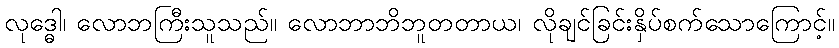
လုဒ္ဓေါ၊ လောဘကြီးသူသည်။ လောဘာဘိဘူတတာယ၊ လိုချင်ခြင်းနှိပ်စက်သောကြောင့်။